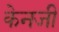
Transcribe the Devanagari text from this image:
केनजी